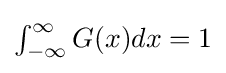
{\textstyle \int _{-\infty }^{\infty }G(x)dx=1}